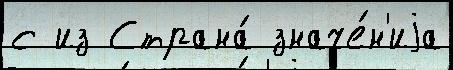
с из Страна́ значе́н'иjа